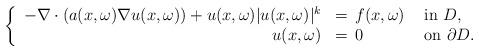
LaTeX: \begin{align*}\left\{\begin{array}{rll}-\nabla\cdot(a(x, \omega)\nabla u(x, \omega))+ u(x, \omega)|u(x, \omega)|^{k}&= \,f(x, \omega)& \textrm{ in } D,\\u(x, \omega)& = \,0 &\textrm{ on } \partial D.\end{array}\right.\end{align*}